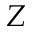
Z